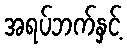
အရပ်ဘက်နှင့်